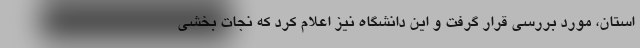
استان، مورد بررسی قرار گرفت و این دانشگاه نیز اعلام کرد که نجات بخشی